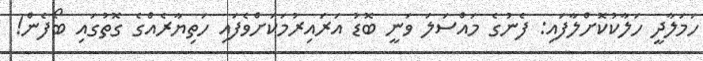
ހަމަލާދީ ހަލާކުކޮށްލާފައި: ފެނުގެ މައްސަލަ ވަނީ ބޮޑު އަރައިރުމަކަށްވެފައި ހަތިޔާރެއްގެ ގޮތުގައި ބޯފެން!